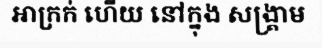
អាក្រក់ ហើយ នៅក្នុង សង្គ្រាម